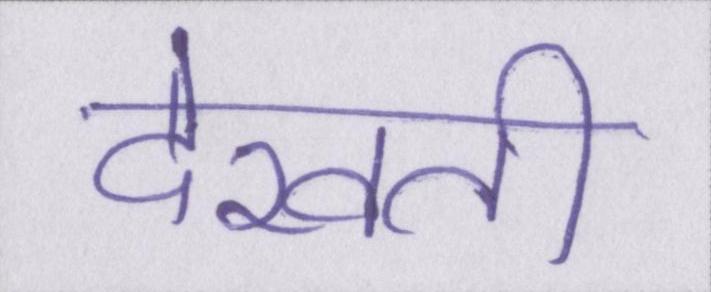
देखती